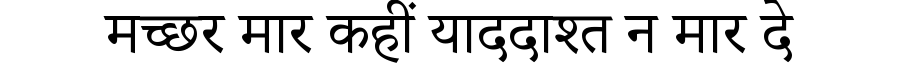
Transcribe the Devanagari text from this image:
मच्छर मार कहीं याददाश्त न मार दे